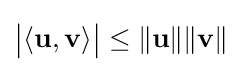
{\bigl |}\langle \mathbf {u} ,\mathbf {v} \rangle {\bigr |}\leq \|\mathbf {u} \|\|\mathbf {v} \|